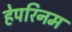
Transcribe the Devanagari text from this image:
हेपरिनम